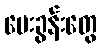
မေးခွန်းတွေ